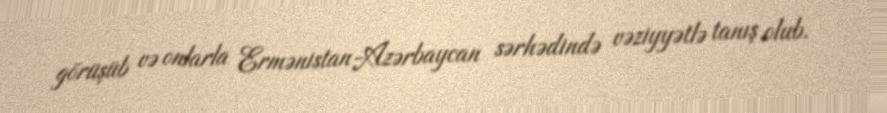
görüşüb və onlarla Ermənistan-Azərbaycan sərhədində vəziyyətlə tanış olub.